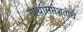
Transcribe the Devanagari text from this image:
गाथासप्तशतीचे